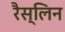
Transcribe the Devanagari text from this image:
रैस्लिन